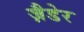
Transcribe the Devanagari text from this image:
ज़ैडेर